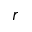
r